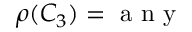
\rho ( C _ { 3 } ) = \mathrm { ~ a ~ n ~ y ~ }